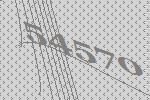
54570